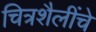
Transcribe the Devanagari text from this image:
चित्रशैलींचे